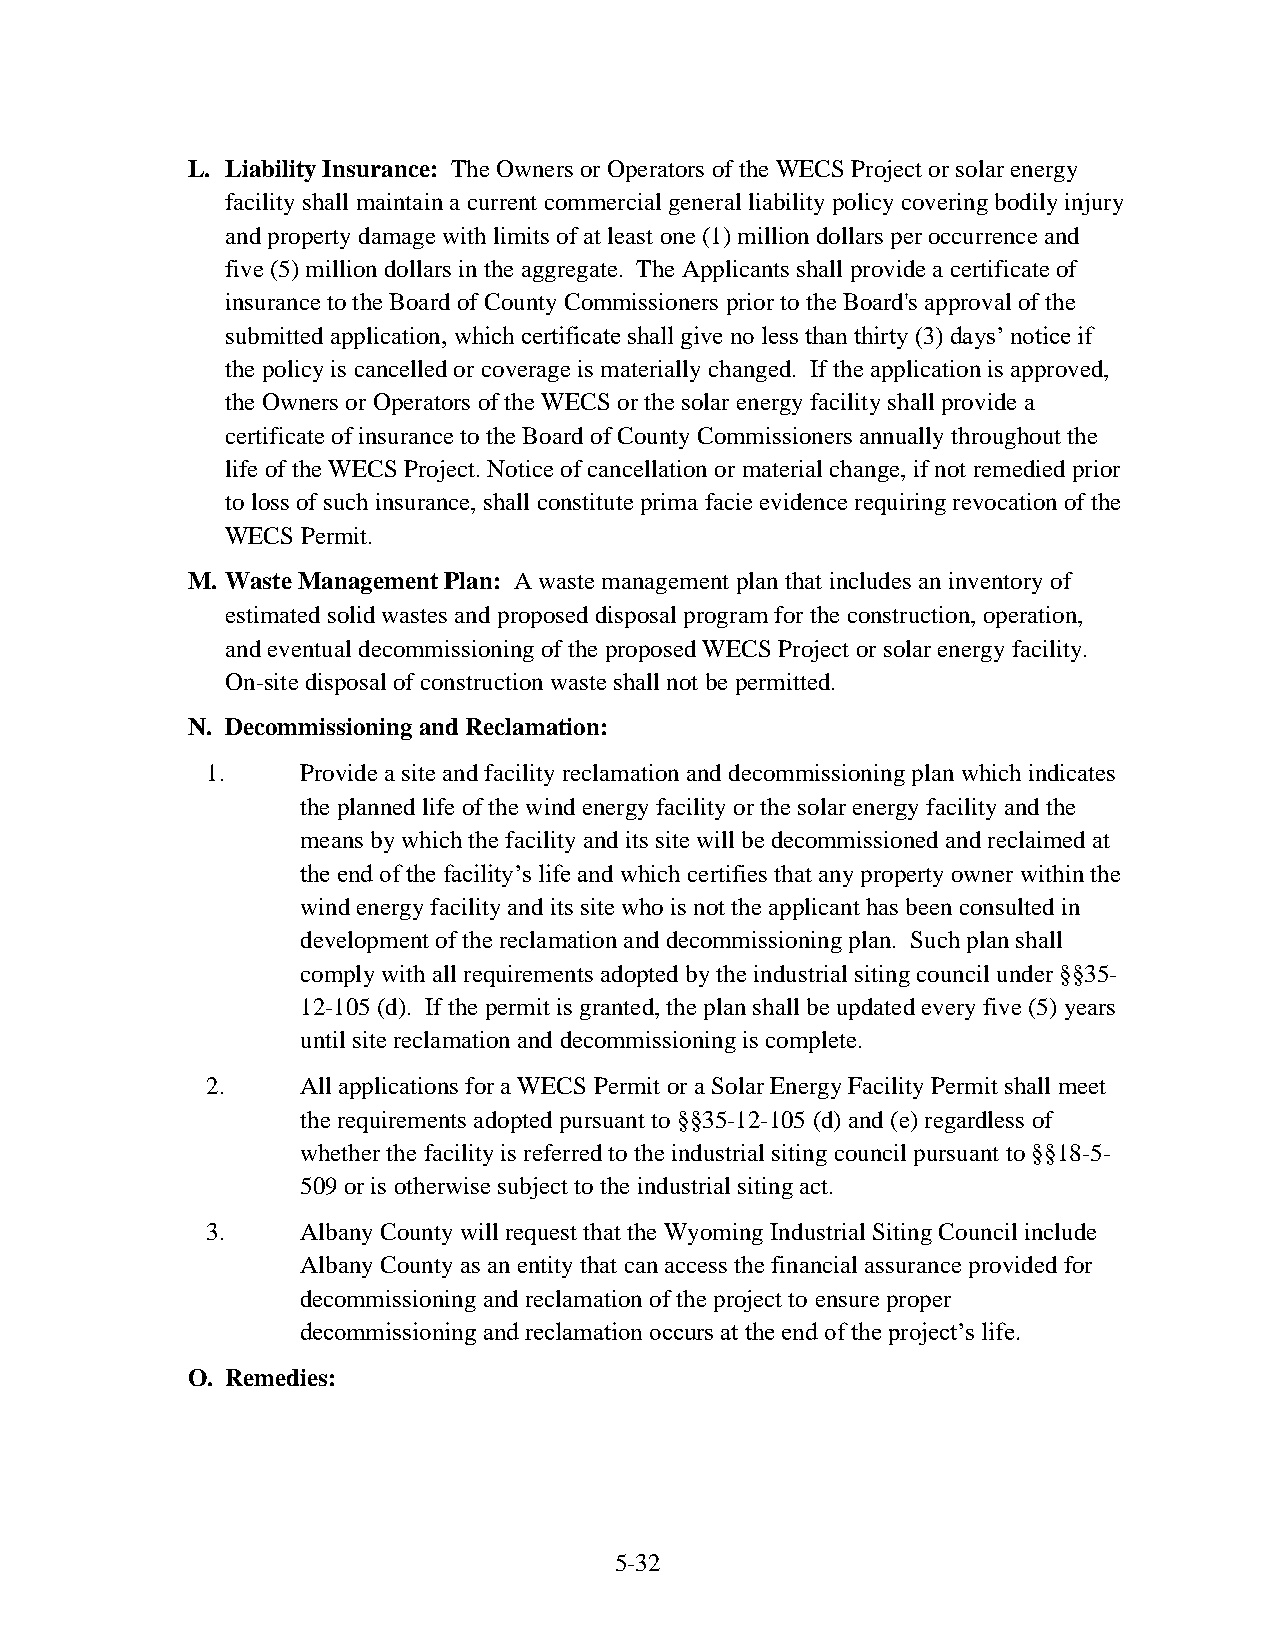
L. Liability Insurance: The Owners or Operators of the WECS Project or solar energy
 facility shall maintain a current commercial general liability policy covering bodily injury
 and property damage with limits of at least one (1) million dollars per occurrence and
 five (5) million dollars in the aggregate. The Applicants shall provide a certificate of
 insurance to the Board of County Commissioners prior to the Board's approval of the
 submitted application, which certificate shall give no less than thirty (3) days’ notice if
 the policy is cancelled or coverage is materially changed. If the application is approved,
 the Owners or Operators of the WECS or the solar energy facility shall provide a
 certificate of insurance to the Board of County Commissioners annually throughout the
 life of the WECS Project. Notice of cancellation or material change, if not remedied prior
 to loss of such insurance, shall constitute prima facie evidence requiring revocation of the
 WECS Permit.
 M. Waste Management Plan: A waste management plan that includes an inventory of
 estimated solid wastes and proposed disposal program for the construction, operation,
 and eventual decommissioning of the proposed WECS Project or solar energy facility.
 On-site disposal of construction waste shall not be permitted.
 N. Decommissioning and Reclamation:
 1.    Provide a site and facility reclamation and decommissioning plan which indicates
 the planned life of the wind energy facility or the solar energy facility and the
 means by which the facility and its site will be decommissioned and reclaimed at
 the end of the facility’s life and which certifies that any property owner within the
 wind energy facility and its site who is not the applicant has been consulted in
 development of the reclamation and decommissioning plan. Such plan shall
 comply with all requirements adopted by the industrial siting council under §§35-
 12-105 (d). If the permit is granted, the plan shall be updated every five (5) years
 until site reclamation and decommissioning is complete.
 2.    All applications for a WECS Permit or a Solar Energy Facility Permit shall meet
 the requirements adopted pursuant to §§35-12-105 (d) and (e) regardless of
 whether the facility is referred to the industrial siting council pursuant to §§18-5-
 509 or is otherwise subject to the industrial siting act.
 3.    Albany County will request that the Wyoming Industrial Siting Council include
 Albany County as an entity that can access the financial assurance provided for
 decommissioning and reclamation of the project to ensure proper
 decommissioning and reclamation occurs at the end of the project’s life.
 O. Remedies:
 5-32